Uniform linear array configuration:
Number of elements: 32
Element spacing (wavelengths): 1
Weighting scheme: blackman
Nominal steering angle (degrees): -45
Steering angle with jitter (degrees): -44.74
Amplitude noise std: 0.05
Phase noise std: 0.05

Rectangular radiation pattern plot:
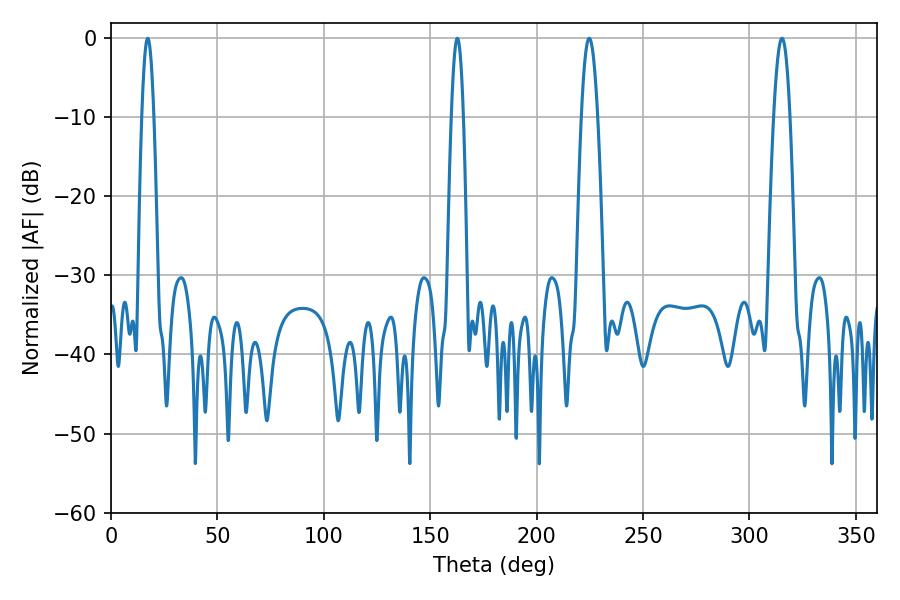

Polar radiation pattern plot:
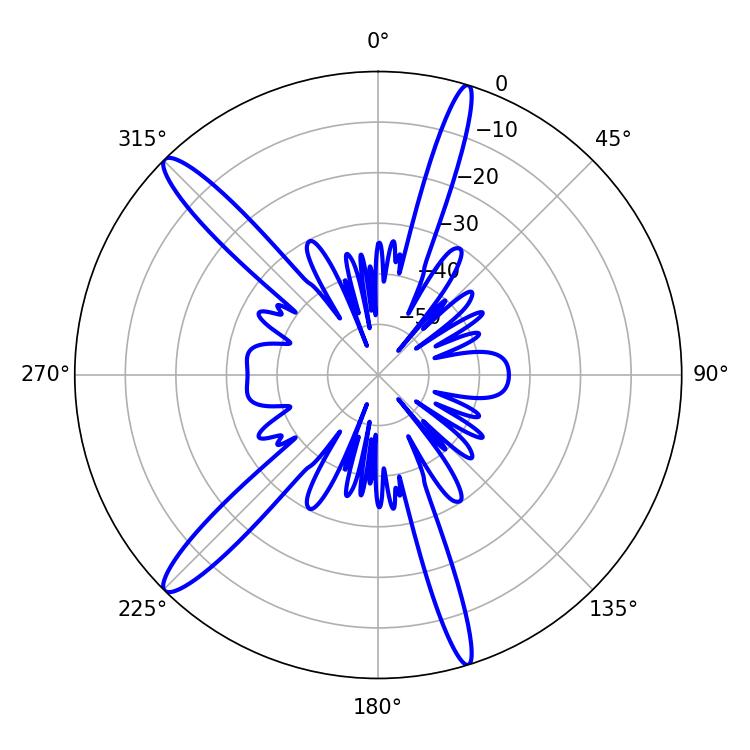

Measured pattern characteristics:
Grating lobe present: TRUE
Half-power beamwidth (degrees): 3.06
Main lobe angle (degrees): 17.28